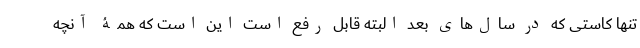
تنها کاستی که در سال‌های بعد البته قابل رفع است این است که همۀ آنچه